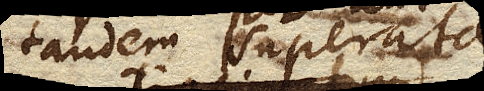
tandem superata